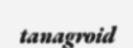
tanagroid